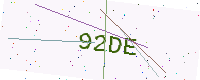
Text: 92DE